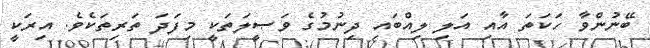
ބޭނުންވާ ހަކަތަ އާއި އަލި ލިއްބައި ދިނުމުގެ ވަޞީލަތަކީ މިފަދަ ތަރިތަކެވެ. އިރަކީ